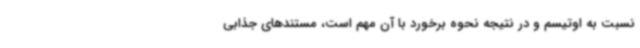
نسبت به اوتیسم و در نتیجه نحوه برخورد با آن مهم است، مستندهای جذابی